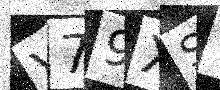
Text: V79XSV